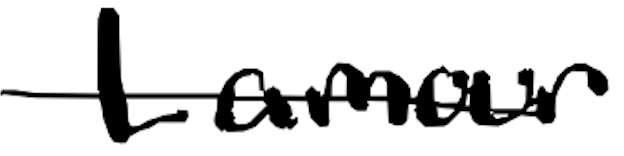
Text: Lamour
Cross-out: single-line
Writing tool: digital_black